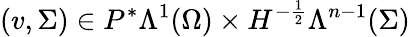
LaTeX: (v,\Sigma)\in P^{\ast}\Lambda^{1}(\Omega)\times H^{-\frac{1}{2}}\Lambda^{n-1}(\Sigma)